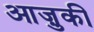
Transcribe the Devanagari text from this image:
आज़ुकी